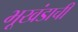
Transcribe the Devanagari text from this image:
भूखंडाची